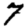
Digit: 7